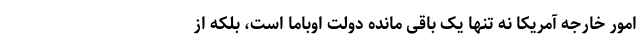
امور خارجه آمریکا نه تنها یک باقی مانده دولت اوباما است، بلکه از